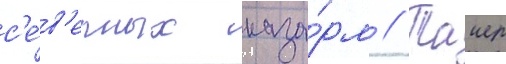
с'е́в'ерных каза́рм // Таиер